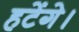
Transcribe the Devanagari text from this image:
हटेंगे।